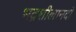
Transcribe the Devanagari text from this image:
भद्रशीलानदी